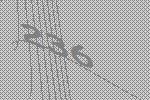
236